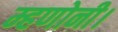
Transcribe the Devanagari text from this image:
म्हणोनी।